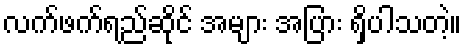
လက်ဖက်ရည်ဆိုင် အများ အပြား ရှိပါသတဲ့။